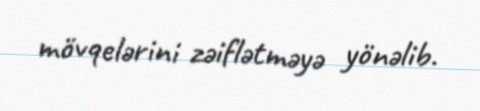
mövqelərini zəiflətməyə yönəlib.